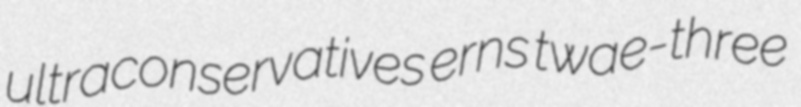
ultraconservatives erns twae-three